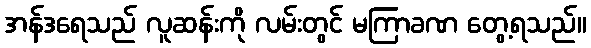
အန်ဒရေသည် လူဆန်းကို လမ်းတွင် မကြာခဏ တွေ့ရသည်။